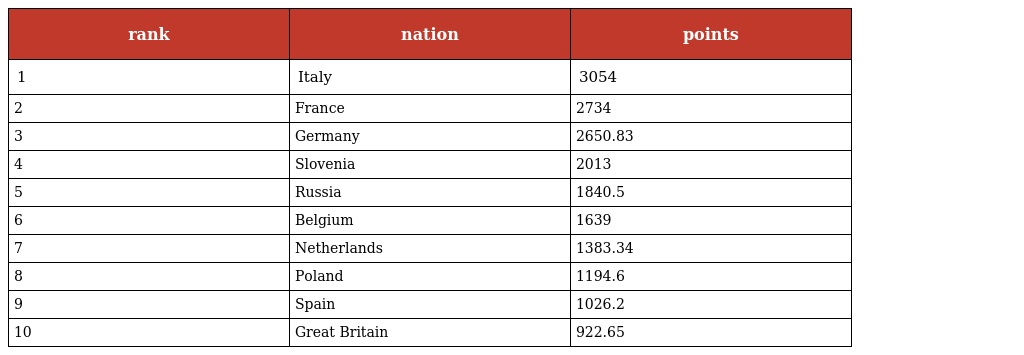
| rank | nation | points |
 | --- | --- | --- |
 | 1 | Italy | 3054 |
 | 2 | France | 2734 |
 | 3 | Germany | 2650.83 |
 | 4 | Slovenia | 2013 |
 | 5 | Russia | 1840.5 |
 | 6 | Belgium | 1639 |
 | 7 | Netherlands | 1383.34 |
 | 8 | Poland | 1194.6 |
 | 9 | Spain | 1026.2 |
 | 10 | Great Britain | 922.65 |